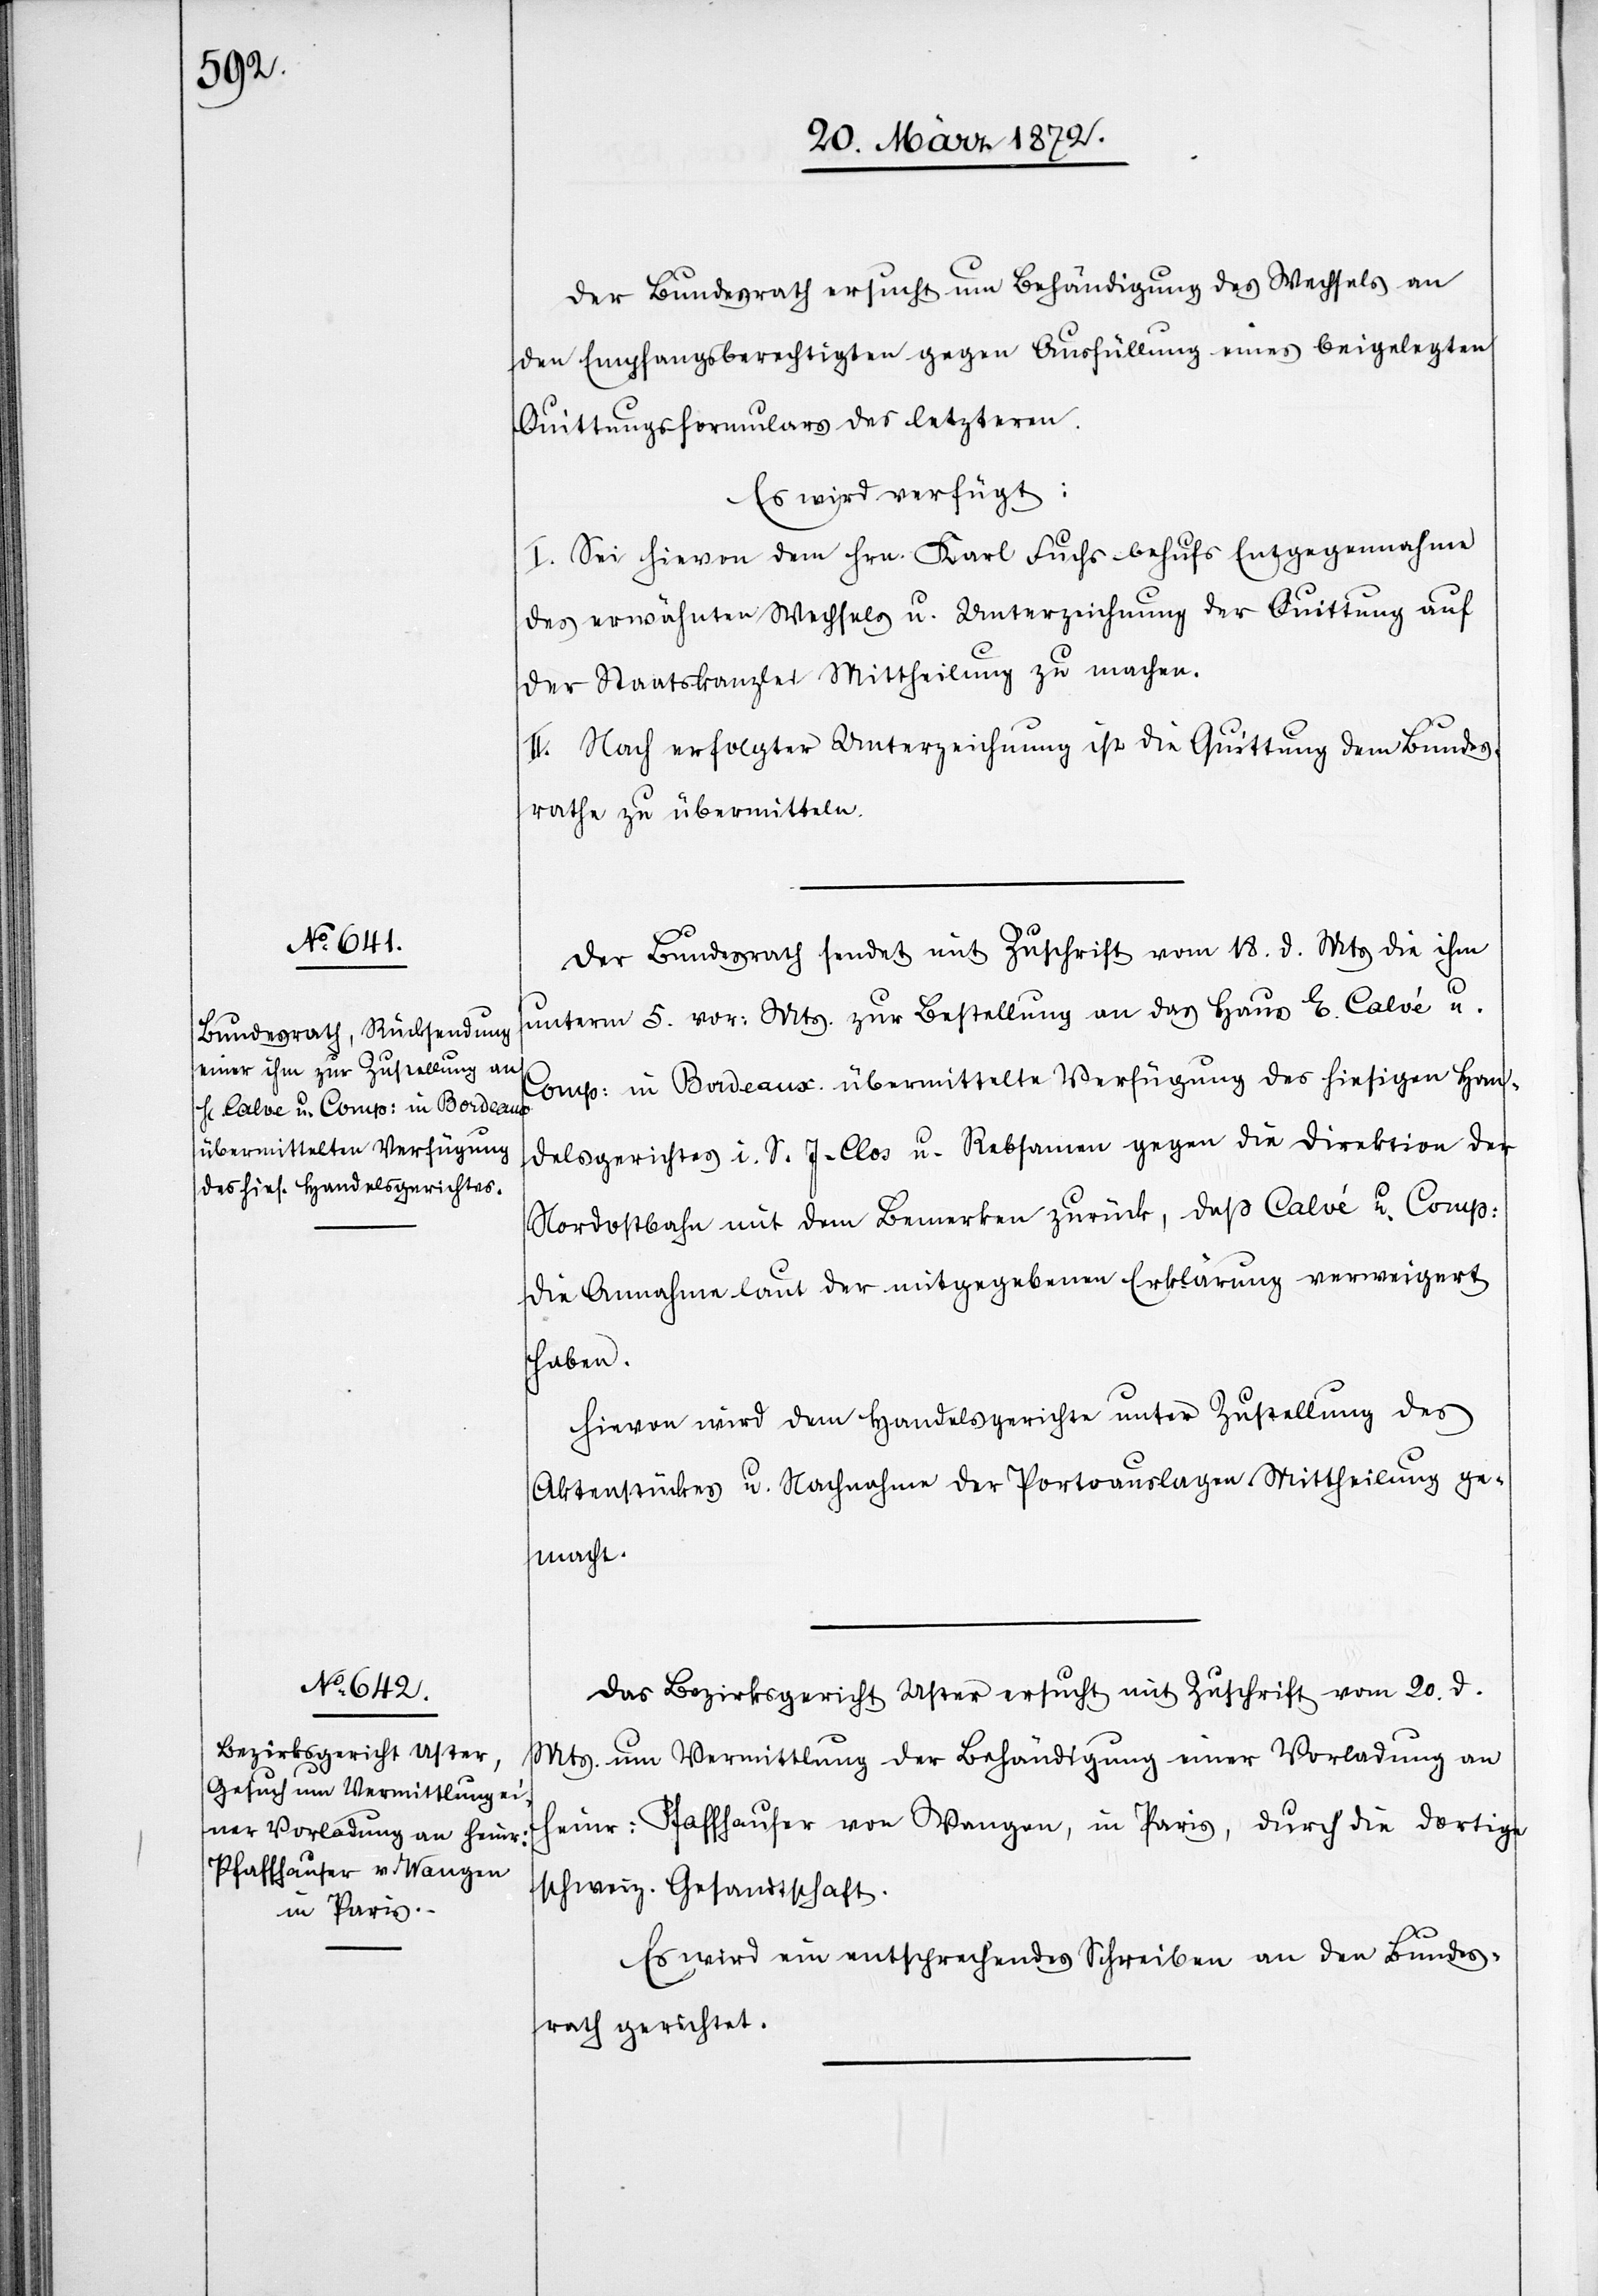
v. 22.

Der Bundesrath ersucht um Behändigung des Wechsels an
den Empfangsberechtigten gegen Ausfüllung eines beigelegten
Quittungsformulars des letzteren.
Es wird verfügt:
I. Sei hievon dem Hrn. Karl Fuchs behufs Entgegennahme
des erwähnten Wechselns u. Unterzeichnung der Quittung auf
der Staatskanzlei Mittheilung zu machen.
II. Nach erfolgter Unterzeichnung ist die Quittung dem Bundes¬
rathe zu übermitteln.
Der Bundesrath sendet mit Zuschrift vom 18. d. Mts die ihm
unterm 5. vor: Mts. zur Bestellung an das Haus E. Calvé u.
Comp: in Bordeaux übermittelte Verfügung des hiesigen Han¬
delsgerichtes i. S. J. Clos u. Rebsamen gegen die Direktion der
Nordostbahn mit dem Bemerken zurück, daß Calvé u. Comp:
die Annahme laut der mitgegebenen Erklärung verweigert
haben.
Hievon wird dem Handelsgerichte unter Zustellung des
Aktenstückes u. Nachnahme der Portoauslagen Mittheilung ge¬
macht.
Das Bezirksgericht Uster ersucht mit Zuschrift vom 20. d.
Mts. um Vermittlung der Behändigung einer Vorladung an
Heinr: Pfaffhauser von Wangen, in Paris, durch die dortige
schweiz. Gesandtschaft.
Es wird ein entsprechendes Schreiben an den Bundes¬
rath gerichtet.